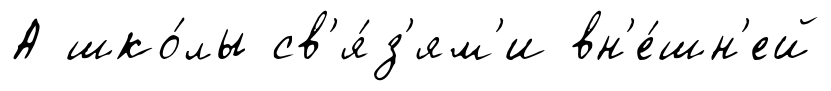
А шко́лы св'я́з'ям'и вн'е́шн'ей